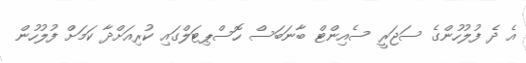
އެ ދެ ފުލުހުންގެ ސަޖަރީ ސެއިންޓް ބާނަބަސް ހޮސްޕިޓަލްގައި ކުރިއަށްދާ ކަމަށް ފުލުހުން